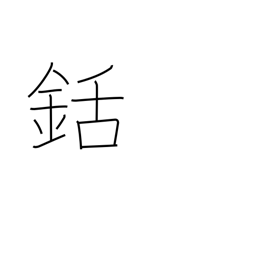
Meaning: harpoon